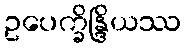
ဥပေက္ခိန္ဒြိယဿ